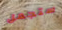
ستجعل